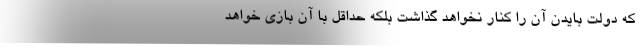
که دولت بایدن آن را کنار نخواهد گذاشت بلکه حداقل با آن بازی خواهد